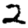
Digit: 2